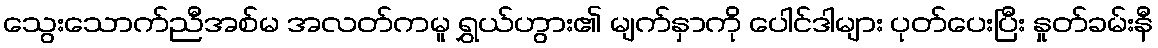
သွေးသောက်ညီအစ်မ အလတ်ကမူ ရွှယ်ဟွား၏ မျက်နှာကို ပေါင်ဒါများ ပုတ်ပေးပြီး နှုတ်ခမ်းနီ